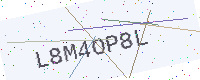
Text: L8M4OP8L